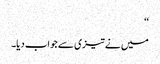
‘‘
میں نے تیزی سے جواب دیا۔